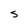
Character: s